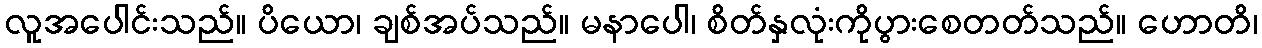
လူအပေါင်းသည်။ ပိယော၊ ချစ်အပ်သည်။ မနာပေါ၊ စိတ်နှလုံးကိုပွားစေတတ်သည်။ ဟောတိ၊